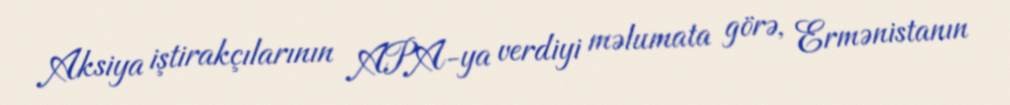
Aksiya iştirakçılarının APA-ya verdiyi məlumata görə, Ermənistanın